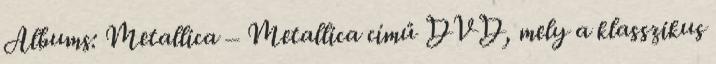
Albums: Metallica – Metallica című DVD, mely a klasszikus